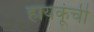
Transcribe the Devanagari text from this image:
हायकूंची